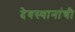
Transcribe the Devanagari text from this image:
देवस्थानांची